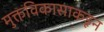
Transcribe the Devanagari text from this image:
मुक्तविकासाकडून